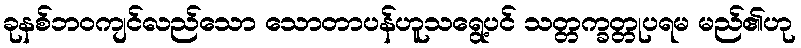
ခုနစ်ဘဝကျင်လည်သော သောတာပန်ဟူသရွေ့ပင် သတ္တက္ခတ္တုပရမ မည်၏ဟု